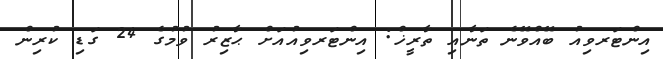
އިންޓަރވިއު ބޭއްވޭނެ ތަނާއި ތާރީޚް: އިންޓަރވިއުއަށް ޙާޒިރު ވުމުގެ 24 ގަޑި ކުރިން